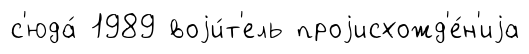
с'юда́ 1989 воjи́т'ель проjисхожд'е́н'иjа